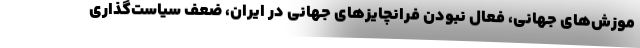
موزش‌های جهانی، فعال نبودن فرانچایزهای جهانی در ایران، ضعف سیاست‌گذاری